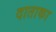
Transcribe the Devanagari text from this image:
दाताका